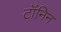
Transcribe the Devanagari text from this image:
टॉंनिन